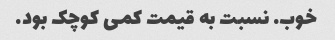
خوب. نسبت به قیمت کمی کوچک بود.